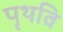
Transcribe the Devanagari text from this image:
पृथवि